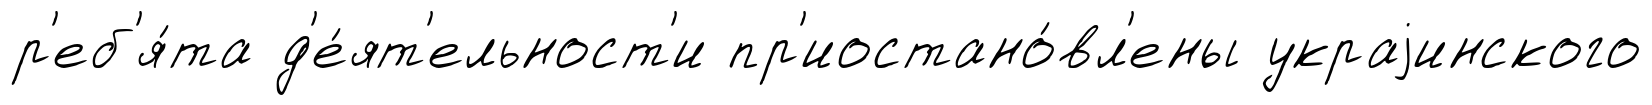
р'еб'я́та д'е́ят'ельност'и пр'иостано́вл'ены украjинского